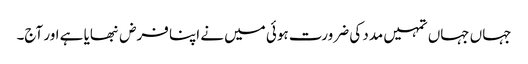
جہاں جہاں تمہیں مدد کی ضرورت ہوئی میں نے اپنا فرض نبھایا ہے اور آج۔